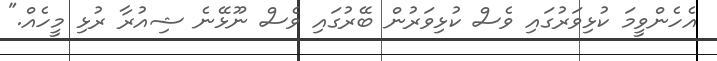
އެހެންވީމަ ކުޅިވަރުގައި ވެސް ކުޅިވަރުން ބޭރުގައި ވެސް ނޫޅޭނެ ޝިއުރާ ރުޅި މީހެއް."